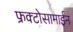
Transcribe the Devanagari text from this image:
फ्रक्टोसामाईन